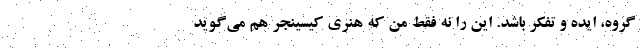
گروه، ايده و تفكر باشد. اين را نه فقط من كه هنري كيسينجر هم مي‌گويد